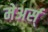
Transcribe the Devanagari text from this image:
मेअर्स्